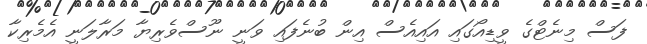
ފަސް މިނެޓްގެ ވީޑިއޯގައި އައިއެސް އިން ބުނެފައި ވަނީ ނޫސްވެރިޔާ މަރާލަނީ އެމެރިކާ